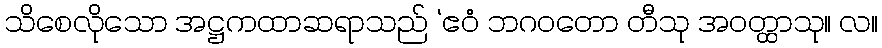
သိစေလိုသော အဋ္ဌကထာဆရာသည် ‘ဧဝံ ဘဂဝတော တီသု အဝတ္ထာသု။ လ။